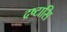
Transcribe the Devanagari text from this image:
द्रष्टासि